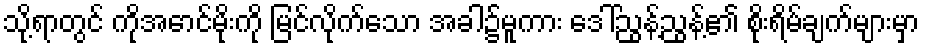
သို့ရာတွင် ကိုအောင်မိုးကို မြင်လိုက်သော အခါ၌မူကား ဒေါ်ညွန့်ညွန့်၏ စိုးရိမ်ချက်များမှာ